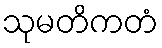
သုမတိကတံ